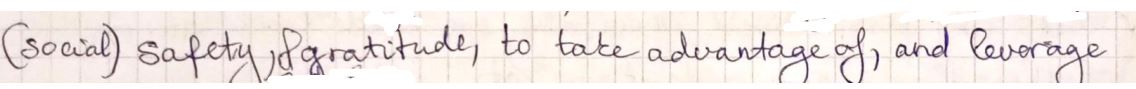
(social) safety, gratitude, to take advantage of, and leverage